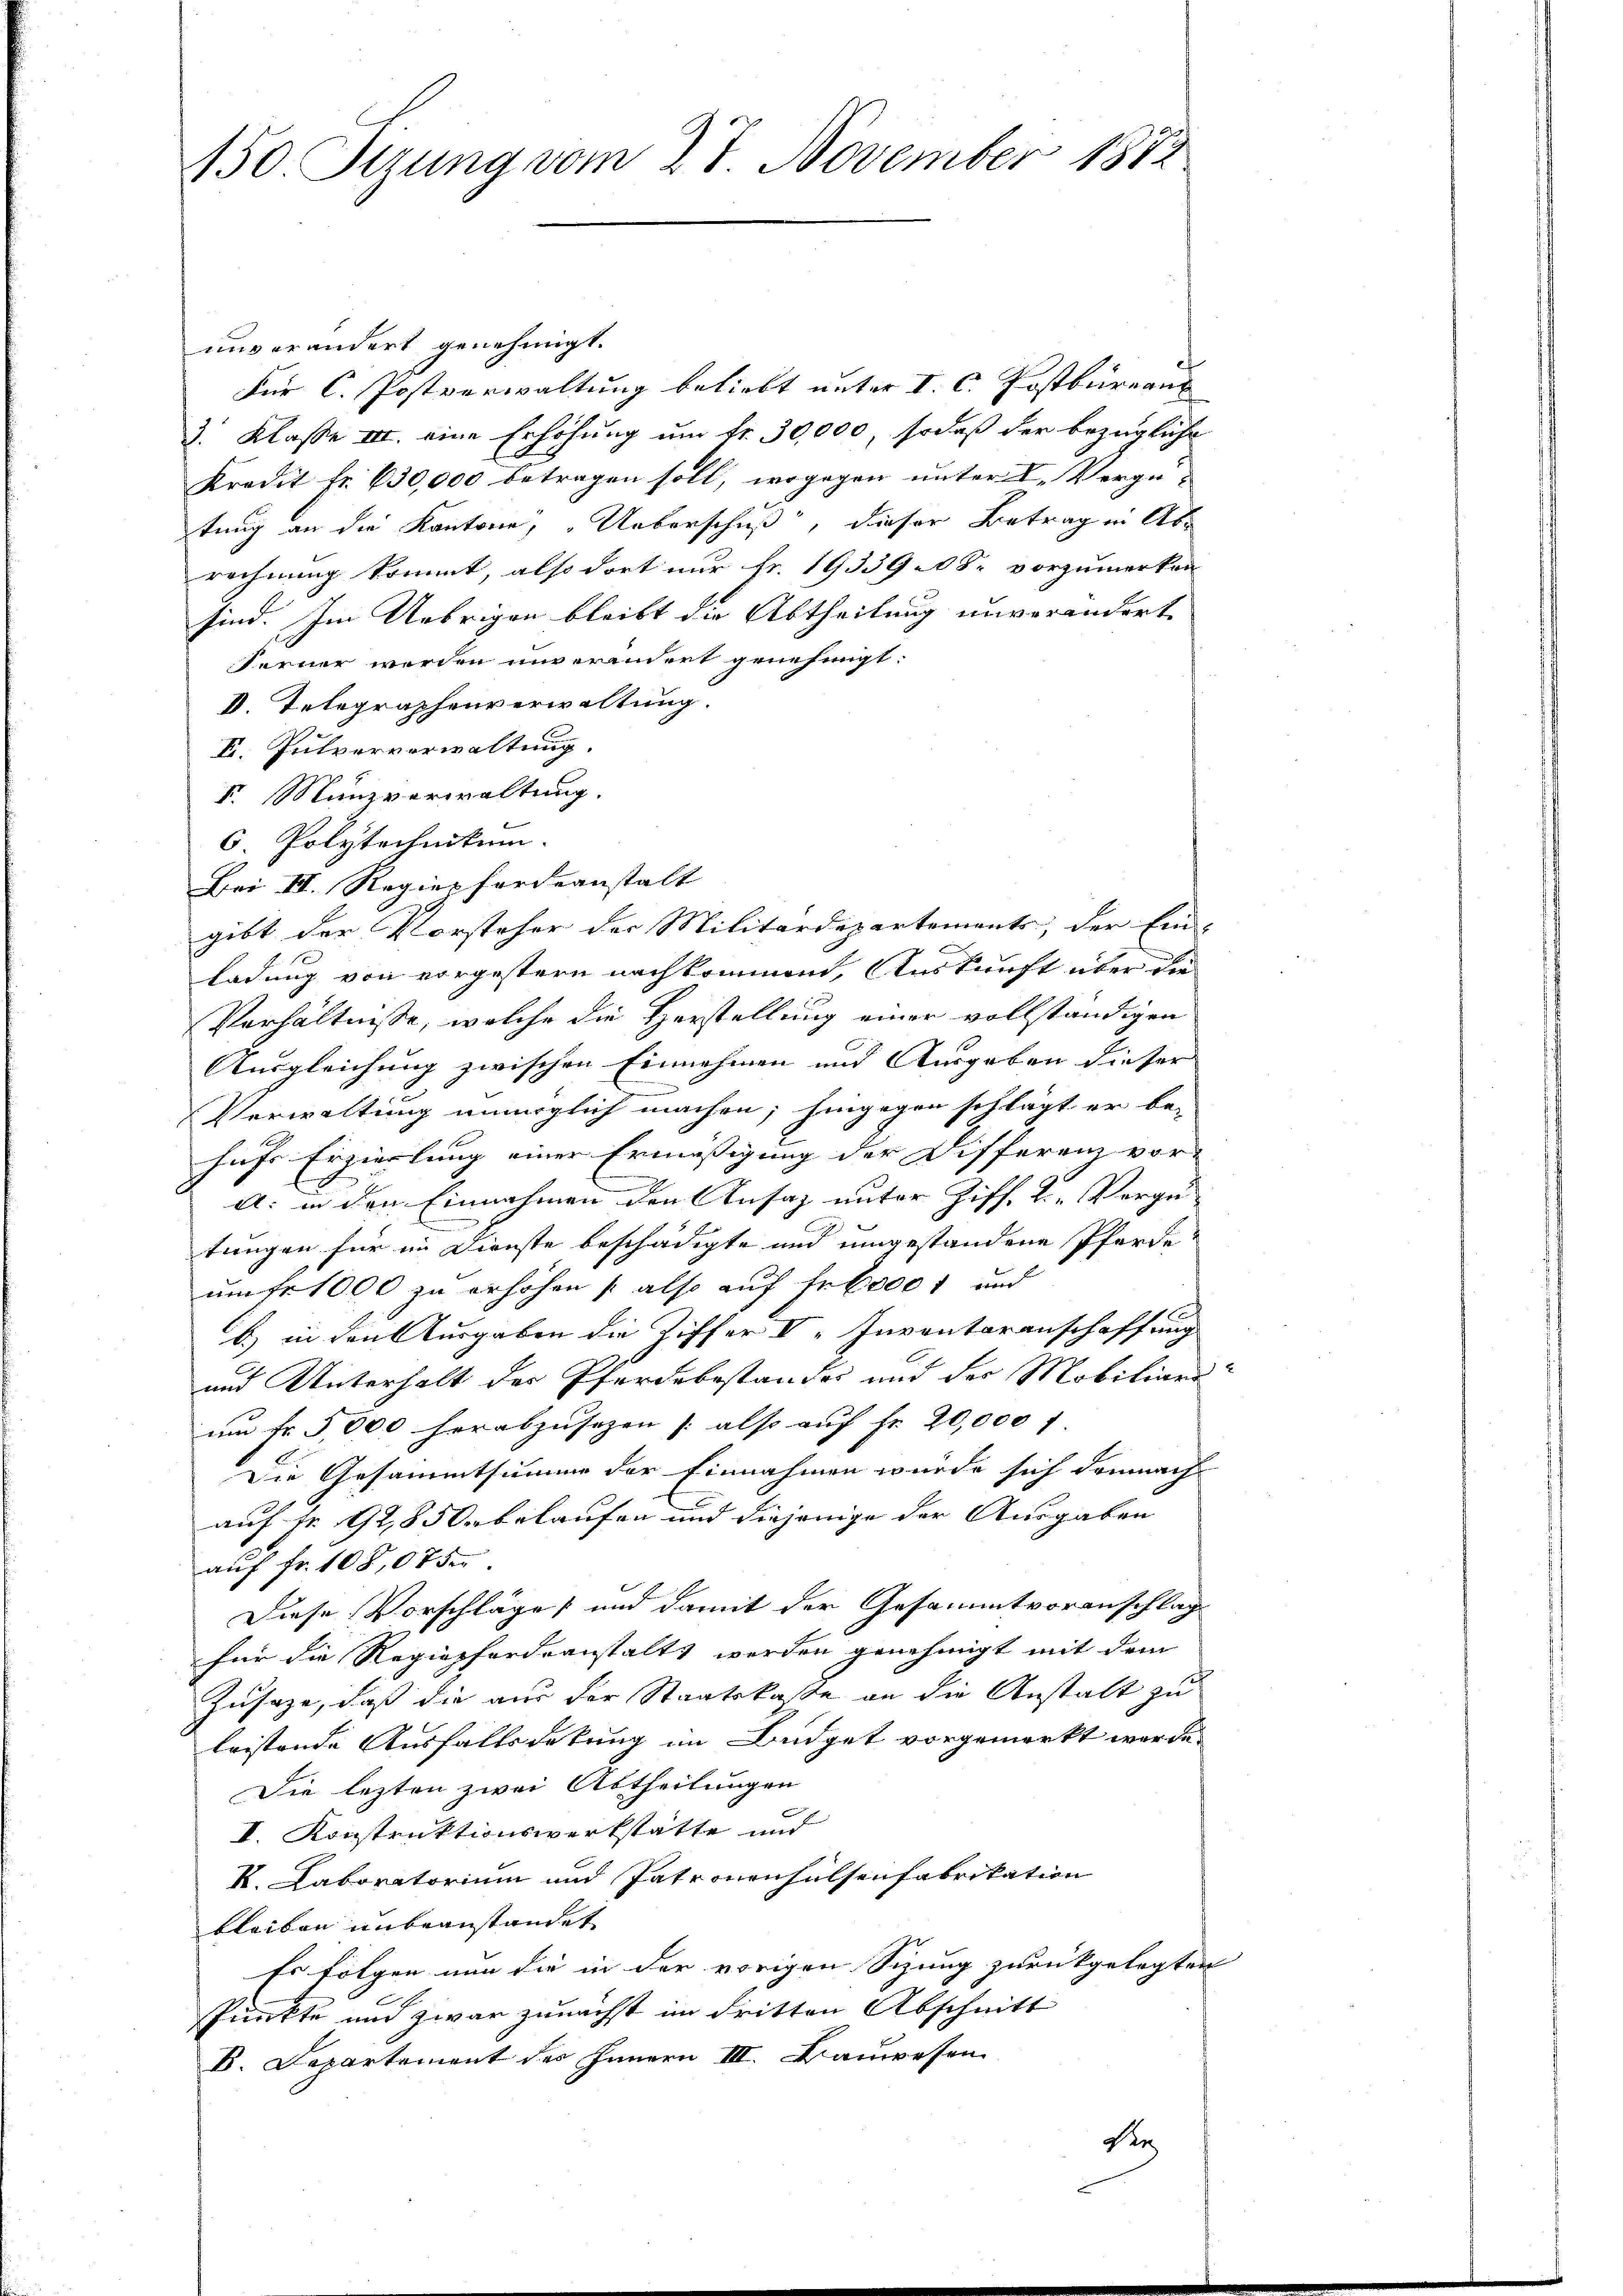
150 Sizung vom 27. November 1872

auverändert genehmigt.
Für C. Postverwaltung beliebt unter I. C. Postbüreau
3. Klasse III. eine Erhöhung um fr. 30,000, sodaß der bezügliche
Kredit fr. 630,000 betragen soll, wogegen unter I. Vergetung an die Kantone, „Ueberschuß, dieser Betrag in Abrechnung kommt, also dort nur Fr. 1933908 vorzumerken
sind. Im Uebrigen bleibt die Abtheilung unverändert
Ferner werden unverändert genehmigt:
II. Telegraphenverwaltung.
E. Pulververwaltung.
I. Münzverwaltung.
6. Polytechnikum.
Bei III. Regier fordeanstalt
gibt der Vorsteher der Militärdepartements; der Ein-
.
ladung von vorgestern nachkommen, Auskunft über die
Verhältnisse, welche die Herstellung einer vollständigen
Ausgleichung zwischen Einnehmen und Ausgeben dieser
Verwaltung unmöglich machen; hingegen schlägt er be-
hufs Erzierlung einer Ermässigung der Differenz vor-
A: in den Einnahmen den Ansaz unter Ziff. 2. Vergü-
tungen für im Dienste beschädigte und umgestandene Pferde
umfr 1000 zu erhöhen (also auf Frk.000 f und
b.) in den Ausgaben die Ziffer V „Inventarenschaffung
und Unterhalt der Pferdebestandes und der Mobiliare
um Fr. 5,000 herabzusezen (also auf Fr. 20,000 f
Die Gesammtsumme der Einnahmen würde sich demnach
auf Nr. 92,850r belaufen und diejenige der Ausgaben
auf fr. 108,075.
Diese Vorschläge und damit der Gesammtvoranschlag
für die Regiepfordeanstalts werden genehmigt mit dem
Zusaze, daß die aus der Staatskasse an die Anstalt zu
leistende Ausfallsdekung im Büdget vorgemerkt werde.
Die lezten zwei Abtheilungen
I. Konstruktionswerkstätte und
K. Laboratorium und Patronenhalsenfabrikation
bleiben unbeanstandet
Es folgen nun die in der vorigen Sizung zurückgelegten
Punkte und zwar zunächst im dritten Abschnitt
B. Departement des Innern III. Bauwesen
Rer